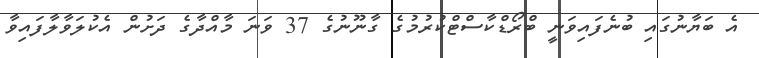
އެ ބަޔާނުގައި ބުނެފަައިވަނީ ބްރޯޑްކާސްޓްކުރުމުގެ ގާނޫނުގެ 37 ވަނަ މާއްދާގެ ދަށުން އެކުލަވާލާފައިވާ